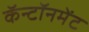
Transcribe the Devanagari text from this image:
कॅन्टॉनमेंट